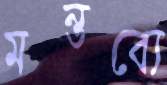
মন্তব্যে